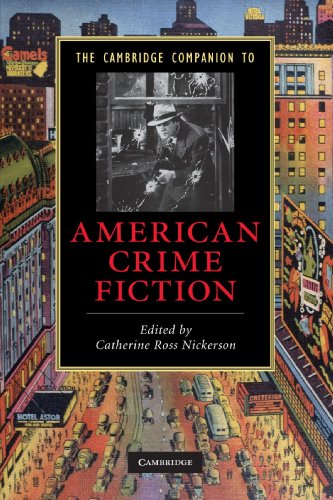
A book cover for The Cambridge Companion to American Crime Fiction (Cambridge Companions to Literature); Mystery, Thriller & Suspense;